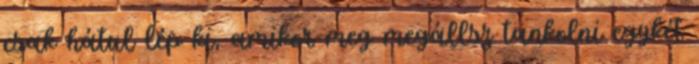
csak hátul lép ki, amikor meg megállsz tankolni egykét